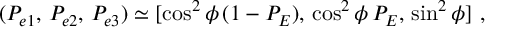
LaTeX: ( P _ { e 1 } , \, P _ { e 2 } , \, P _ { e 3 } ) \simeq [ \cos ^ { 2 } \phi \, ( 1 - P _ { E } ) , \, \cos ^ { 2 } \phi \, P _ { E } , \, \sin ^ { 2 } \phi ] \ ,